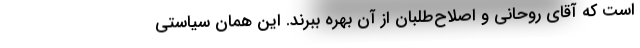
است که آقای روحانی و اصلاح‌طلبان از آن بهره ببرند. این همان سیاستی